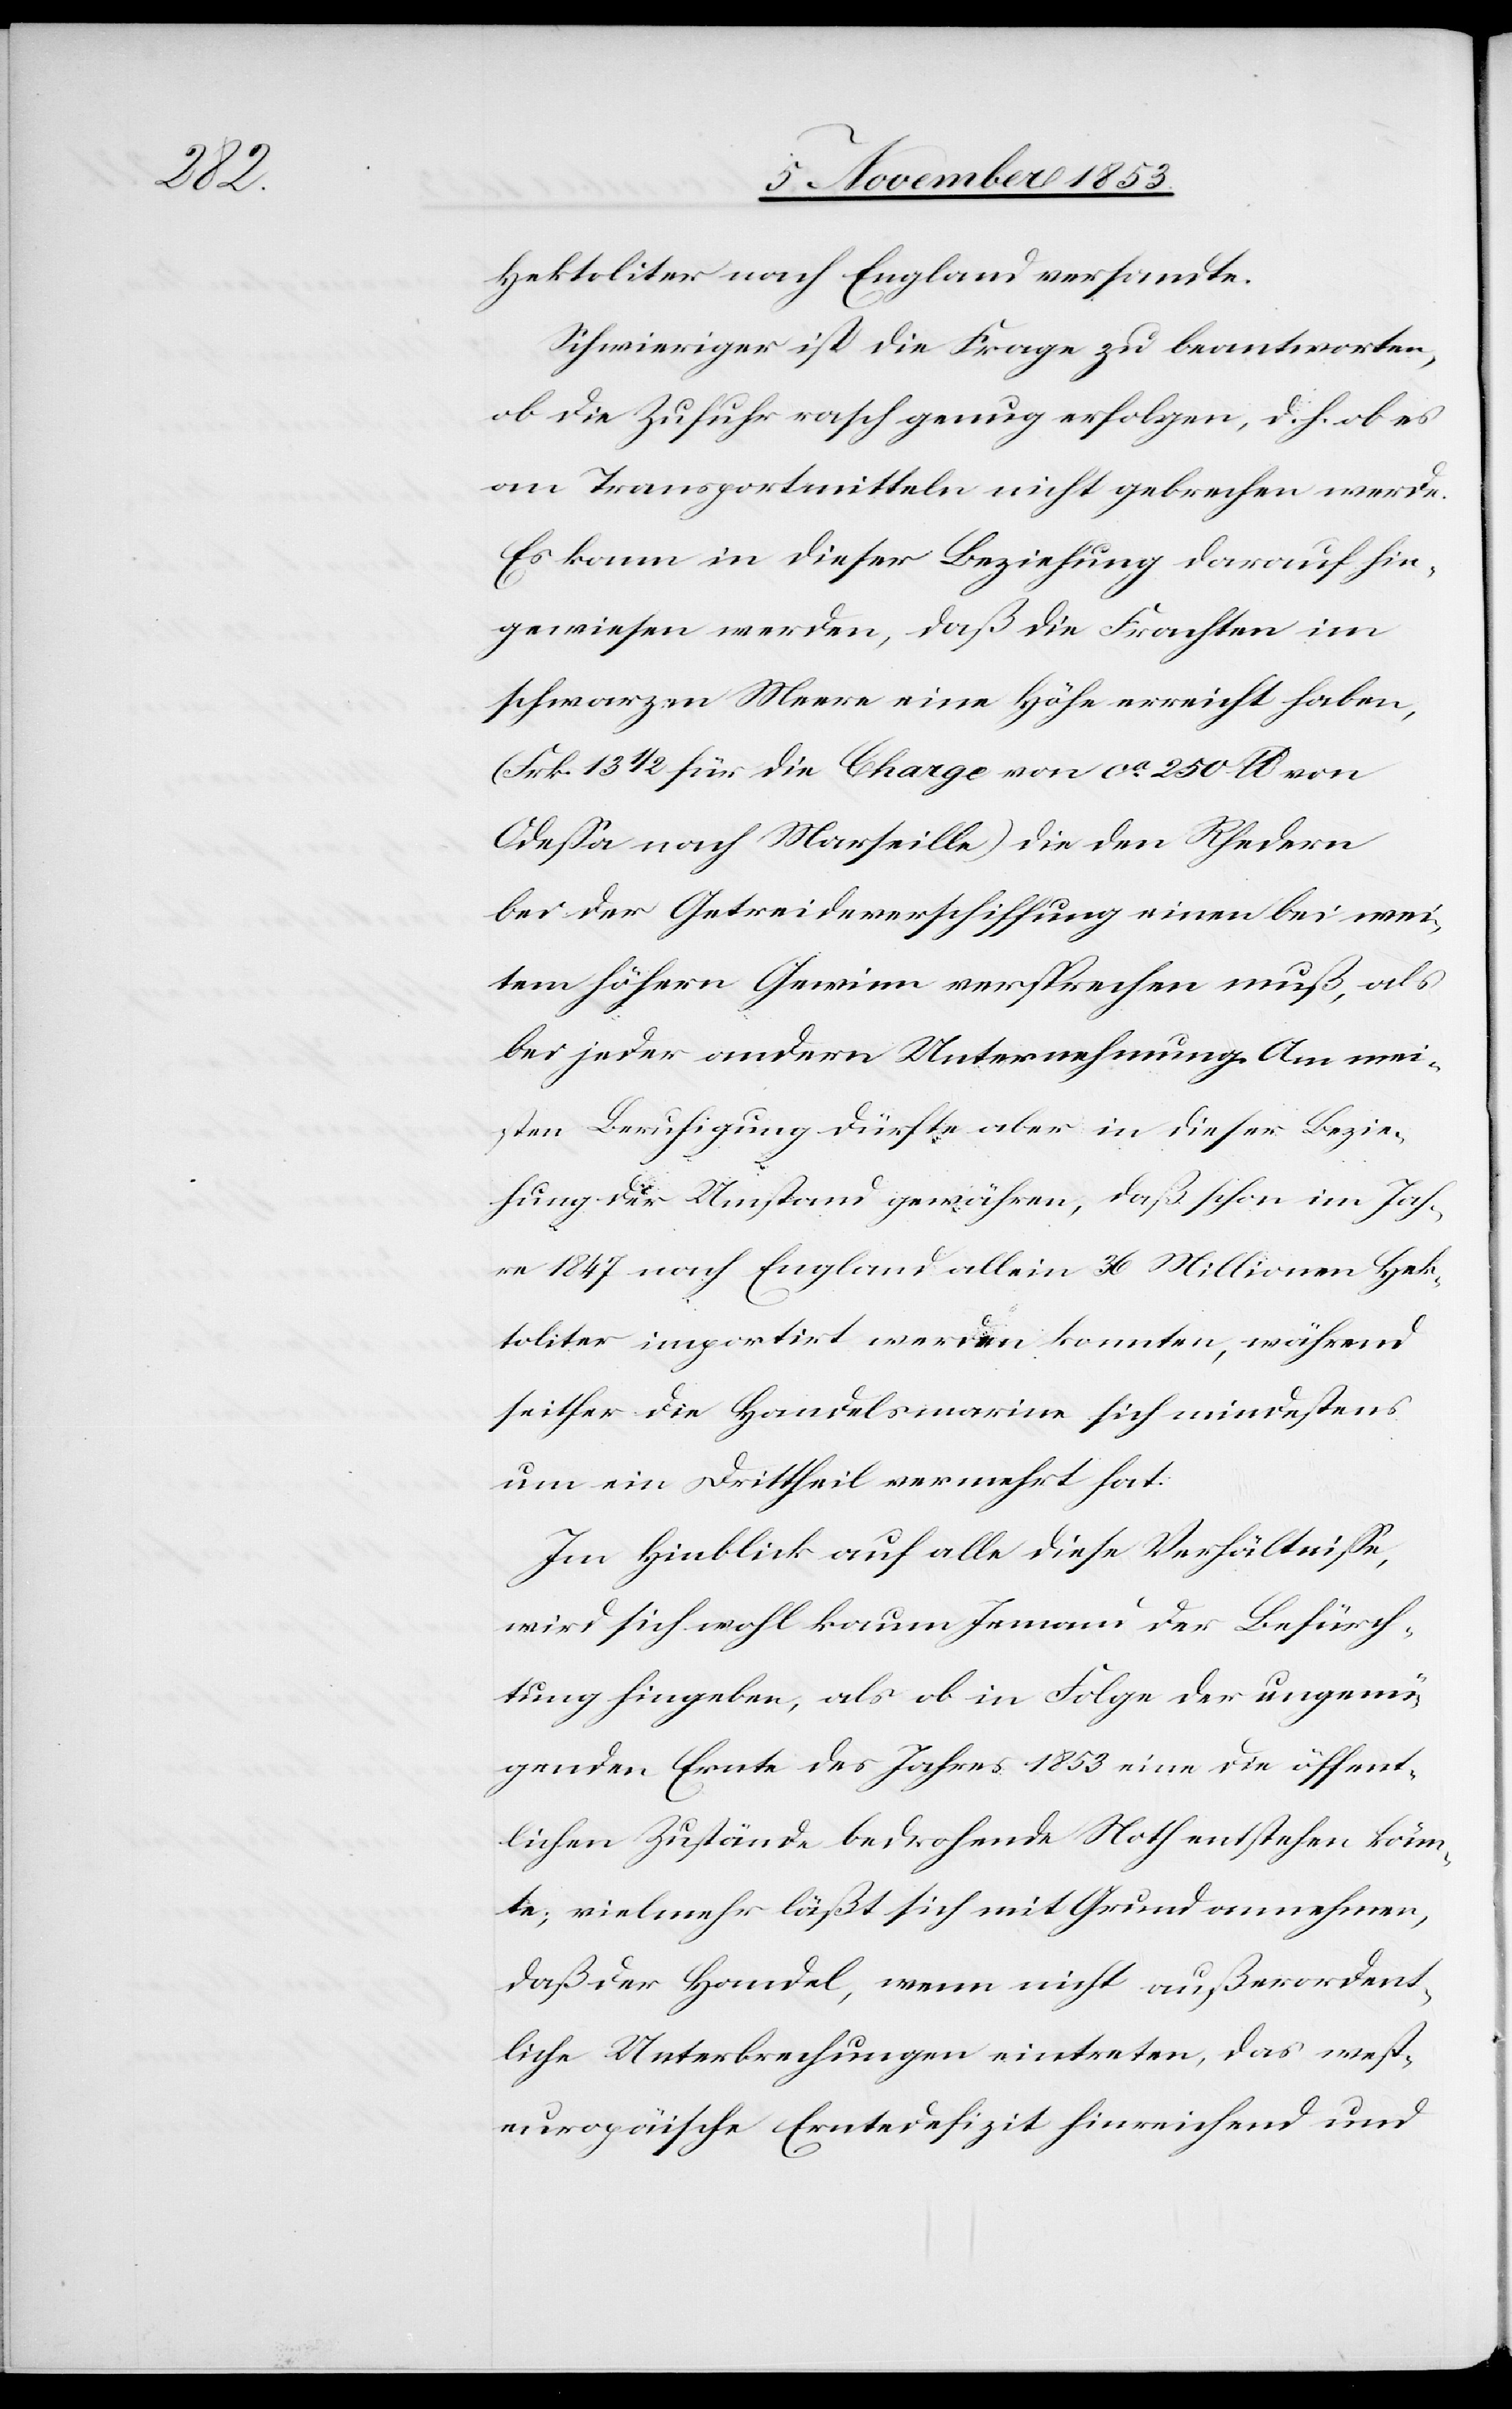
Hektoliter nach England versandte.
Schwieriger ist die Frage zu beantworten
ob die Zufuhr rasch genug erfolgen, d. h. ob es
am Transportmitteln nicht gebrechen werde.
Es kann in dieser Beziehung darauf hin¬
gewiesen werden, daß die Frachten im
schwarzen Meere eine Höhe erreicht haben,
(Frk. 13 1/2 für die Charge von ca 250 lb. von
Odeßa nach Marseille) die den Rhedern
bei der Getreideverschiffung einen bei wei¬
tem höhern Gewinn versprechen muß, als
bei jeder andern Unternehmung. An mei¬
sten Beruhigung dürfte aber in dieser Bezie¬
hung der Umstand gewähren, daß schon im Jah¬
re 1847 nach England allein 36 Millionen Hek¬
toliter importirt werden konnten, während
seither die Handelsmarine sich mindestens
um ein Drittheil vermehrt hat.
Im Hinblick auf alle diese Verhältniße,
wird sich wohl kaum Jemand der Befürch¬
tung hingeben, als ob in Folge der ungenü¬
genden Ernte des Jahres 1853 eine die öffent¬
lichen Zustände bedrohende Noth entstehen könn¬
te; vielmehr läßt sich mit Grund annehmen,
daß der Handel, wenn nicht außerordent¬
liche Unterbrechungen eintreten, das west¬
europäische Erntedefizit hinreichend und